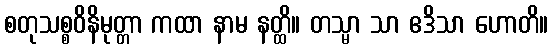
စတုသစ္စဝိနိမုတ္တာ ကထာ နာမ နတ္ထိ။ တသ္မာ သာ ဧဒိသာ ဟောတိ။